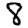
Digit: 8